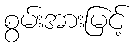
စွမ်းအားမြင့်